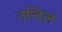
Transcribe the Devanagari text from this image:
तन्द्रिल